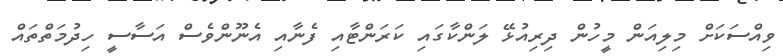
ވިއްސަކަށް މިލިއަން މީހުން ދިރިއުޅޭ ލަންކާގައި ކަރަންޓާއި ފެނާއި އެނޫންވެސް އަސާސީ ހިދުމަތްތައް